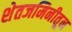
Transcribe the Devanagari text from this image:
शेतजमिनीतून